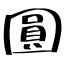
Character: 圓